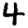
Digit: 4